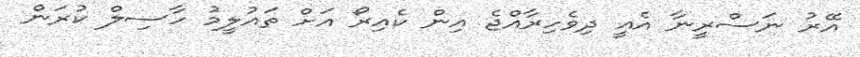
އޭރު ނަސްރީނާ އެއީ ދިވެހިރާއްޖެ އިން ކެއިރޯ އަށް ތައުލީމު ހާސިލް ކުރަން